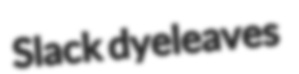
Slack dyeleaves